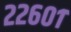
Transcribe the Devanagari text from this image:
२२६०१